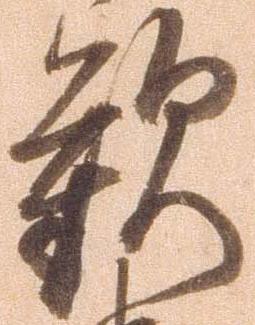
歓